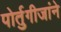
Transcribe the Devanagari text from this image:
पोर्तुगीजांने